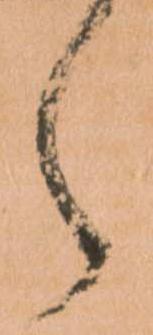
之